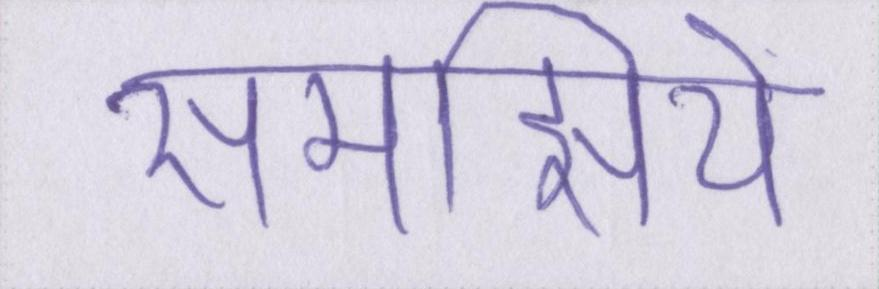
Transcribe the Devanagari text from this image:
समझिये